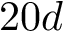
2 0 d